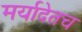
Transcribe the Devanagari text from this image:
मर्यादेतच